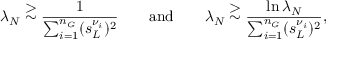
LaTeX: \lambda _ { N } \stackrel { \displaystyle > } { \sim } \frac { 1 } { \sum _ { i = 1 } ^ { n _ { G } } ( s _ { L } ^ { \nu _ { i } } ) ^ { 2 } } \qquad \mathrm { a n d } \qquad \lambda _ { N } \stackrel { \displaystyle > } { \sim } \frac { \ln \lambda _ { N } } { \sum _ { i = 1 } ^ { n _ { G } } ( s _ { L } ^ { \nu _ { i } } ) ^ { 2 } } ,